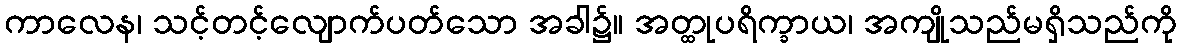
ကာလေန၊ သင့်တင့်လျောက်ပတ်သော အခါ၌။ အတ္ထုပရိက္ခာယ၊ အကျိုသည်မရှိသည်ကို